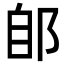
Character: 郋